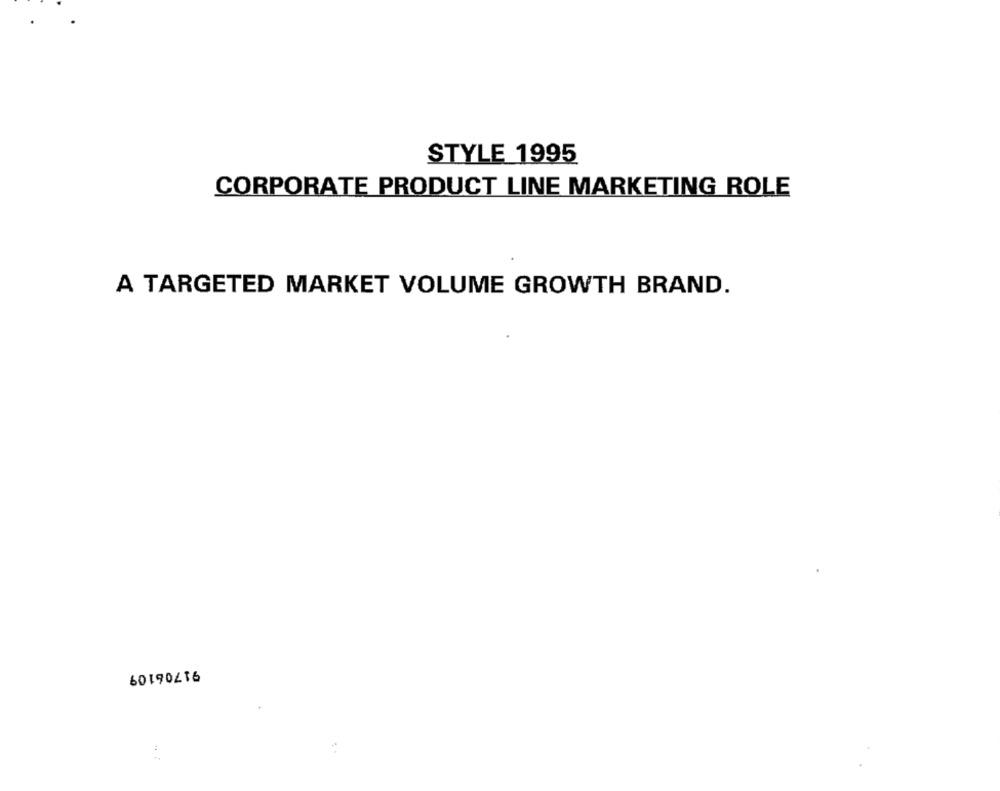
STYLE 1995
CORPORATE PRODUCT LINE MARKETING ROLE
A TARGETED MARKET VOLUME GROWTH BRAND.
91706109